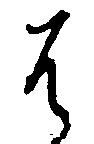
は